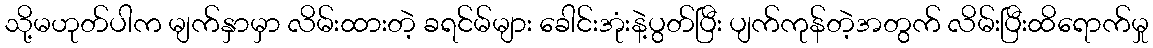
သို့မဟုတ်ပါက မျက်နှာမှာ လိမ်းထားတဲ့ ခရင်မ်များ ခေါင်းအုံးနဲ့ပွတ်ပြီး ပျက်ကုန်တဲ့အတွက် လိမ်းပြီးထိရောက်မှု